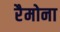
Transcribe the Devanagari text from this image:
रैमोना